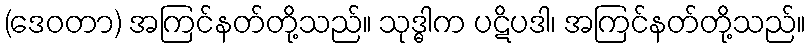
(ဒေဝတာ) အကြင်နတ်တို့သည်။ သုဒ္ဓါက ပဋိပဒါ၊ အကြင်နတ်တို့သည်။